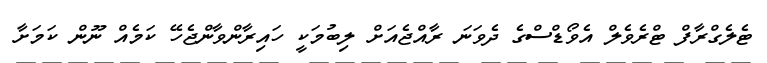
ޓެލެގްރާފް ޓްރެވެލް އެވޯޑްސްގެ ދެވަނަ ރާއްޖެއަށް ލިބުމަކީ ހައިރާންވާންޖެހޭ ކަމެއް ނޫން ކަމަށާ